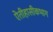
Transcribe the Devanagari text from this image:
ऐतीहासीकभाग